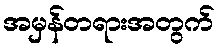
အမှန်တရားအတွက်